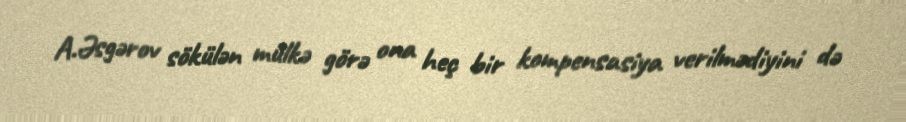
A.Əsgərov sökülən mülkə görə ona heç bir kompensasiya verilmədiyini də